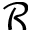
\mathcal { R }